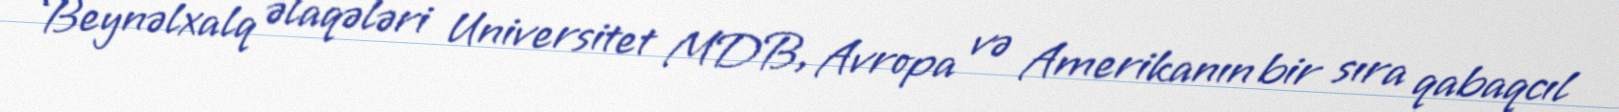
Beynəlxalq əlaqələri Universitet MDB, Avropa və Amerikanın bir sıra qabaqcıl